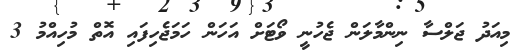
މިއަދު ޖަލްސާ ނިންމާލަން ޖެހުނީ ވޯޓަށް އަހަން ހަމަޖެހިފައި އޮތް މުހިއްމު 3